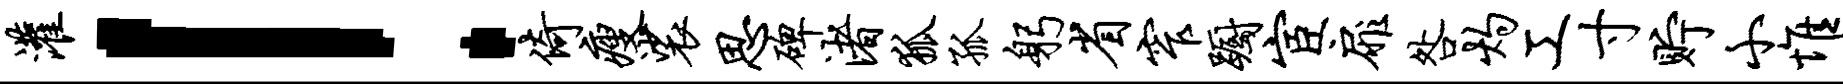
灌！倚瘦裟思碑渚狐孤躬省窄蹰宦扉咎灼工寸贮小惟僭